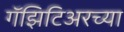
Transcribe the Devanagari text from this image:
गॅझिटिअरच्या